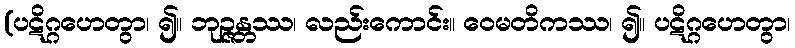
(ပဋိဂ္ဂဟေတွာ၊ ၍။ ဘုဉ္ဇန္တဿ၊ လည်းကောင်း။ ဝေမတိကဿ၊ ၍။ ပဋိဂ္ဂဟေတွာ၊